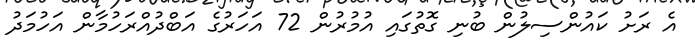
އެ ރަށު ކައުންސިލުން ބުނި ގޮތުގައި އުމުރުން 72 އަހަރުގެ އަބްދުއްރަހުމާން އަހުމަދު